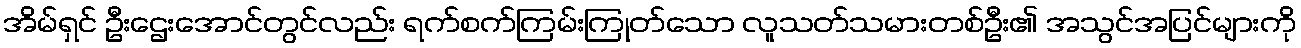
အိမ်ရှင် ဦးဌေးအောင်တွင်လည်း ရက်စက်ကြမ်းကြုတ်သော လူသတ်သမားတစ်ဦး၏ အသွင်အပြင်များကို